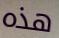
هذه